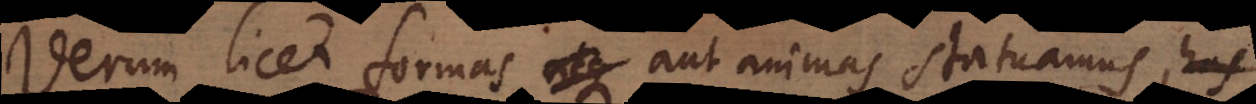
erum licet formas aut animas statuamus, has